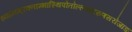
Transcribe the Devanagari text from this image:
ध्यानम्‌रक्ताम्भास्थिपोतोल्लसदरुणसरोजाङ